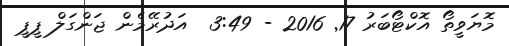
މޮޔަވީތޯ އޮކްޓޯބަރު 17